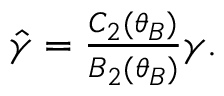
\begin{array} { r } { \hat { \gamma } = \frac { C _ { 2 } ( \theta _ { B } ) } { B _ { 2 } ( \theta _ { B } ) } \gamma . } \end{array}